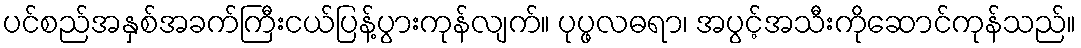
ပင်စည်အနှစ်အခက်ကြီးငယ်ပြန့်ပွားကုန်လျက်။ ပုပ္ဖလဓရာ၊ အပွင့်အသီးကိုဆောင်ကုန်သည်။